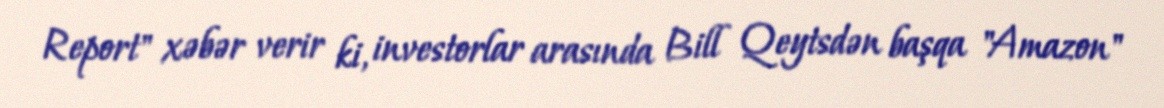
Report" xəbər verir ki, investorlar arasında Bill Qeytsdən başqa "Amazon"